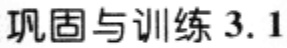
巩固与训练 3.1